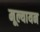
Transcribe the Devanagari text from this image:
मूल्यायन